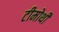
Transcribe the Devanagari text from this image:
टीमोथी